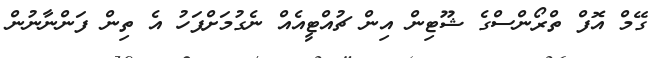
ގޭމް އޮފް ތްރޯންސްގެ ޝޫޓިން އިން ޗުއްޓީއެއް ނެގުމަށްފަހު އެ ތިން ފަންނާނުން